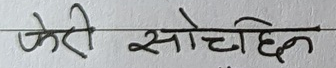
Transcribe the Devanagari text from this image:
फेरी सोच्दछिन